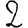
Digit: 2